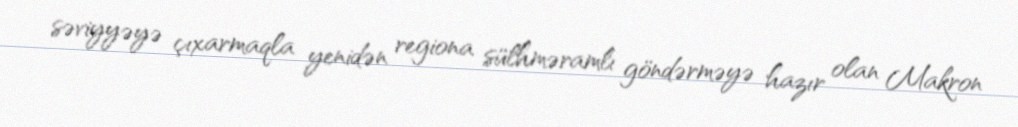
səviyyəyə çıxarmaqla yenidən regiona sülhməramlı göndərməyə hazır olan Makron